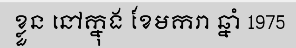
ខ្លួន នៅក្នុង ខែមករា ឆ្នាំ 1975